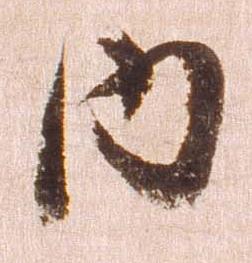
内